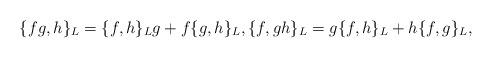
LaTeX: \begin{align*}\{fg,h\}_{L}=\{f,h\}_{L}g+f\{g,h\}_{L},\{f,gh\}_{L}=g\{f,h\}_{L}+h\{f,g\}_{L},\end{align*}